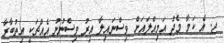
ޖ. އެ ކަމާ މެދު އަމިއްލައަށް ވިސްނައިލާ އިރު ވިސްނުނު އެއްޗަކީ އިތުބާރާ